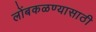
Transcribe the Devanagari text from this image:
लोंबकळण्यासाठी